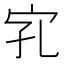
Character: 𱚄